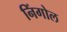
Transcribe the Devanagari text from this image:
निंगोल